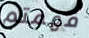
فهمتم